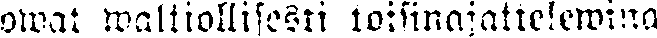
owat waltiollisesti toisinajattelewina